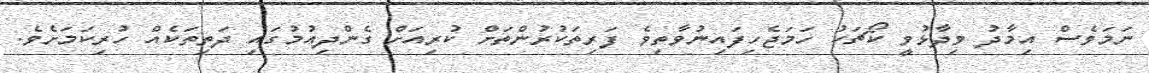
ނަމަވެސް އިމާދު ވިދާޅުވީ ކޯޗަކު ހަމަޖެހިފައިނުވާތިވެ ފަރިތަކުރުންތަށް ކުރިއަށް ގެންދިއުމުގައި ދަތިތަކެއް ހުރިކަމަށެވެ.